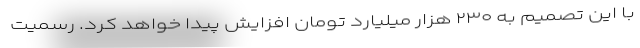
با این تصمیم به ۲۳۰ هزار میلیارد تومان افزایش پیدا خواهد کرد. رسمیت